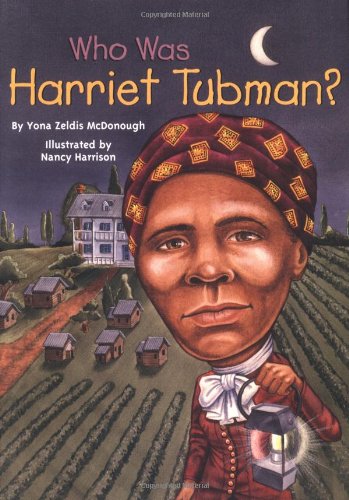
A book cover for Who Was Harriet Tubman?; Yona Zeldis McDonough; History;